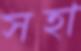
সহা